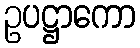
ဥပဋ္ဌာကော